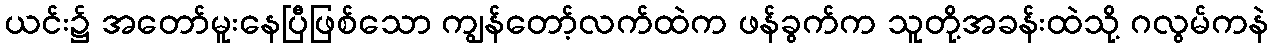
ယင်း၌ အတော်မူးနေပြီဖြစ်သော ကျွန်တော့်လက်ထဲက ဖန်ခွက်က သူတို့အခန်းထဲသို့ ဂလွမ်ကနဲ